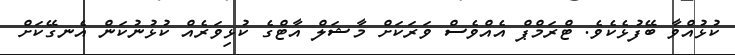
ކުޅުއްވާ ބޭފުޅެކެވެ. ޓްރަމްޕް އެއްވެސް ވަރަކަށް މާޝަލް އާޓްގެ ކުޅިވަރެއް ކުޅުނުކަން އެނގޭކަށް